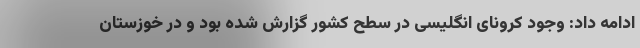
ادامه داد: وجود کرونای انگلیسی در سطح کشور گزارش شده بود و در خوزستان